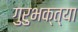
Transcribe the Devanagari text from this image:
गुरुभक्त्या